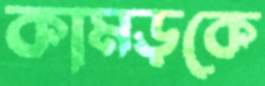
কামড়কে